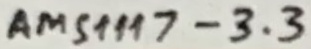
Text: AMS1117-3.3